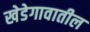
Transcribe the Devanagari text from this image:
खेडेगावातील